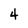
Character: 4